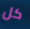
كل